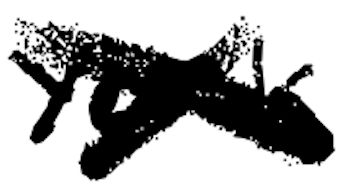
Text: York.
Cross-out: mix
Writing tool: digital_black